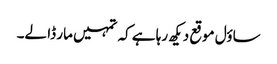
ساؤل موقع دیکھ رہا ہے کہ تمہیں مار ڈا لے۔